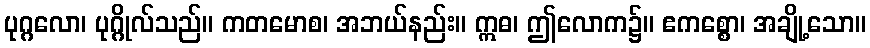
ပုဂ္ဂလော၊ ပုဂ္ဂိုလ်သည်။ ကတမောစ၊ အဘယ်နည်း။ ဣဓ၊ ဤလောက၌။ ဧကစ္စော၊ အချို့သော။